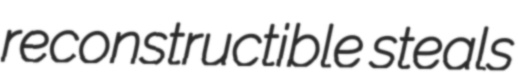
reconstructible steals